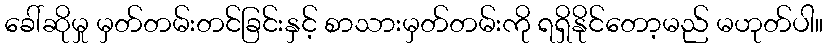
ခေါ်ဆိုမှု မှတ်တမ်းတင်ခြင်းနှင့် စာသားမှတ်တမ်းကို ရရှိနိုင်တော့မည် မဟုတ်ပါ။